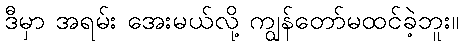
ဒီမှာ အရမ်း အေးမယ်လို့ ကျွန်တော်မထင်ခဲ့ဘူး။